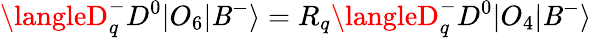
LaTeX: \langleD_{q}^{-}D^{0}|O_{6}|\mathit{B}^{-}\rangle=R_{q}\langleD_{q}^{-}D^{0}|O_{4}|\mathit{B}^{-}\rangle